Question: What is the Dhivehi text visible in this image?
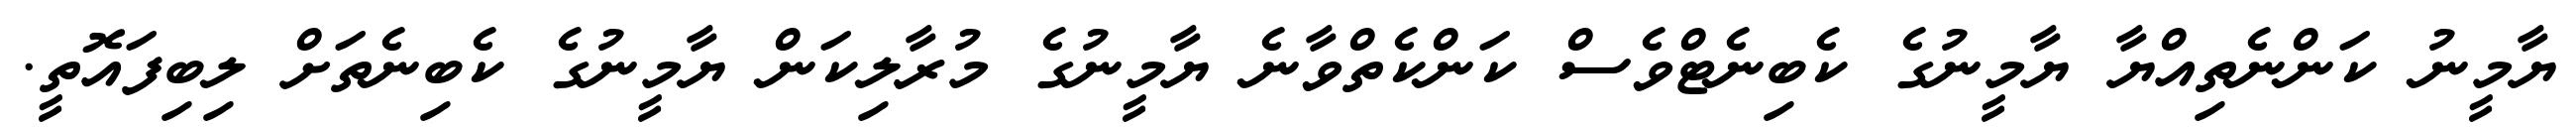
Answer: ޔާމީނު ކަންނެތިއްޔާ ޔާމީނުގެ ކެބިނެޓްވެސް ކަންކެތްވާނެ ޔާމީނުގެ މުރާލިކަން ޔާމީނުގެ ކެބިނެތަށް ލިބިފައޮތީ.